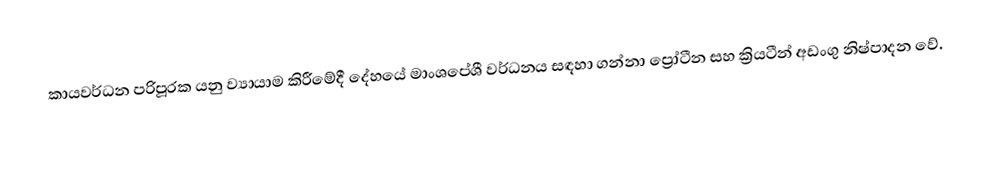
කායවර්ධන පරිපූරක යනු ව්‍යායාම කිරීමේදී දේහයේ මාංශපේශී වර්ධනය සඳහා ගන්නා ප්‍රෝටීන සහ ක්‍රියටීන් අඩංගු නිෂ්පාදන වේ.